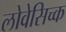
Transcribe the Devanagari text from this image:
लोवेसिच्क